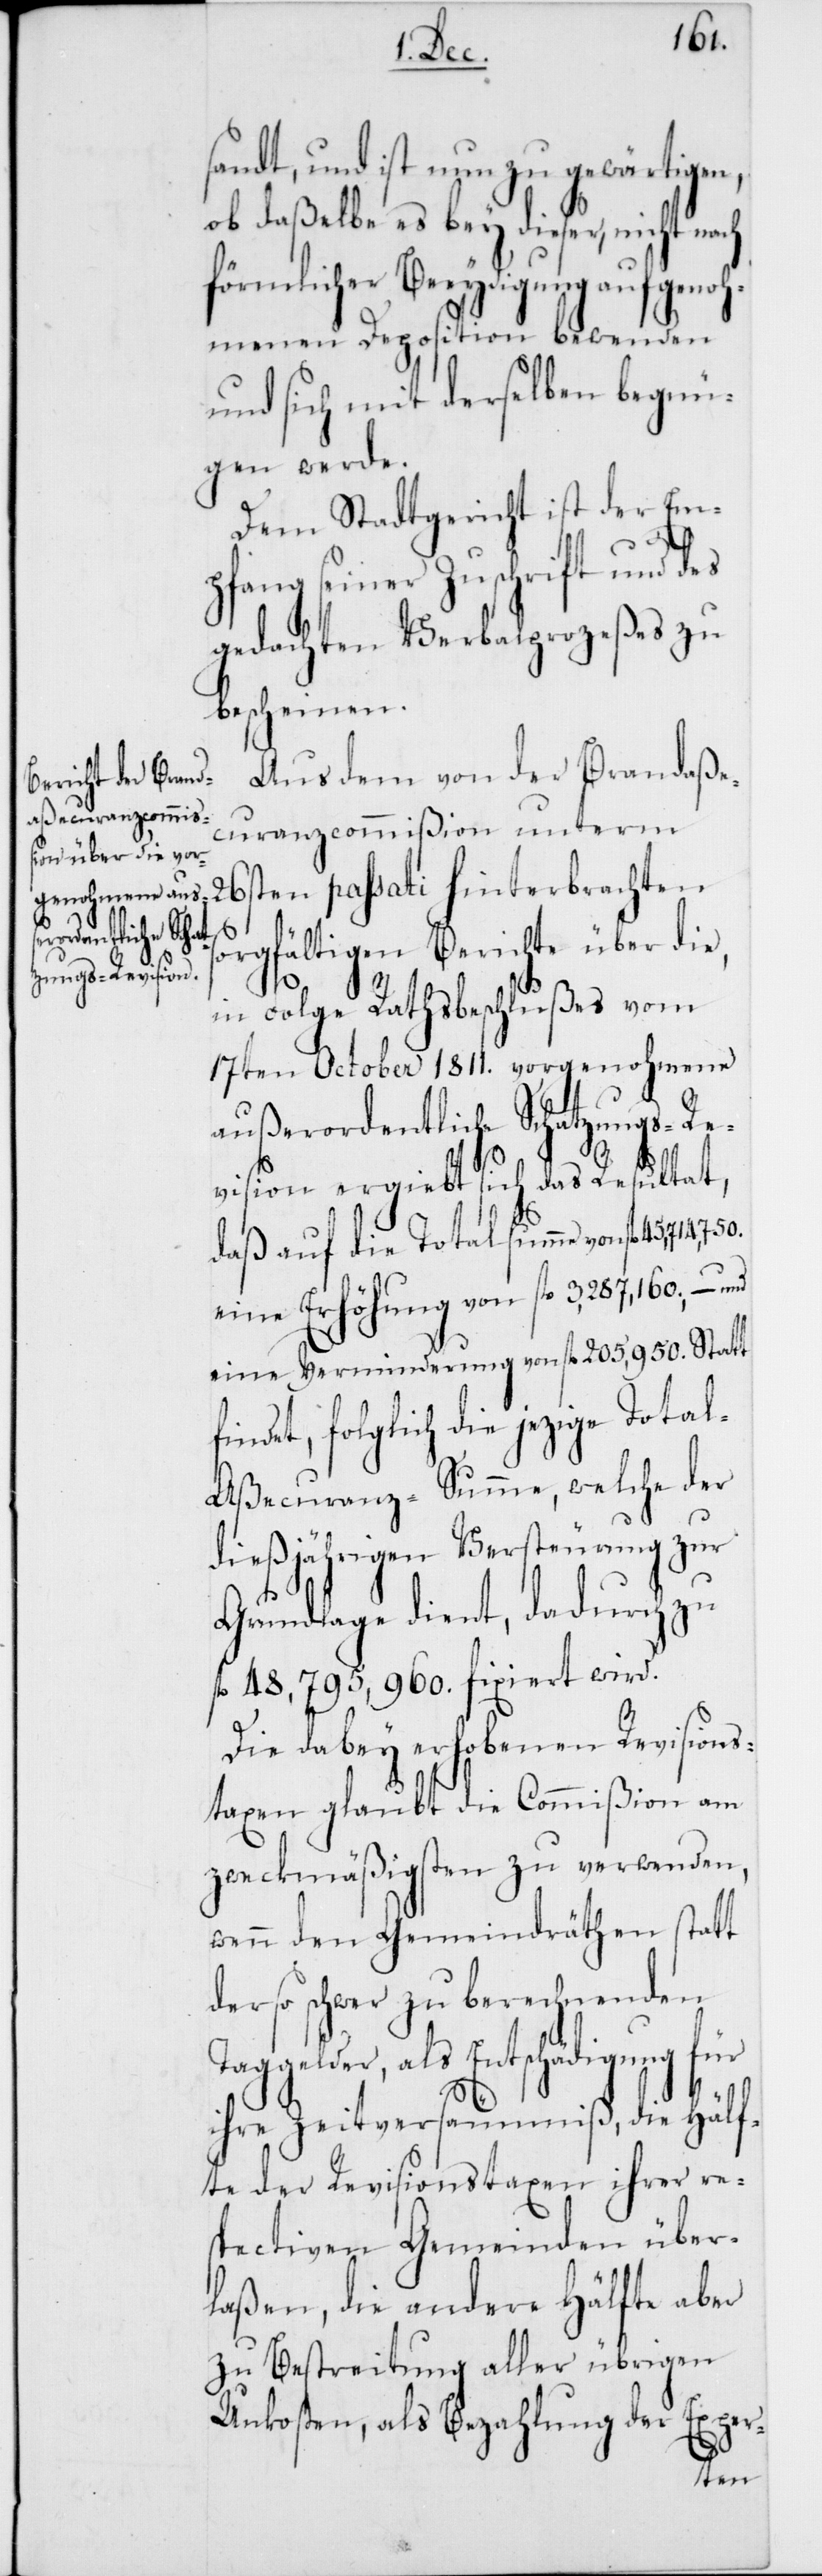
sandt, und ist nun zu gewärtigen,
ob daßelbe es bey dieser, nicht nach
förmlicher Beeydigung aufgenoh¬
menen Deposition bewenden
und sich mit derselben begnü¬
gen werde.
Dem Stadtgericht ist der Em¬
pfang seiner Zuschrift und des
gedachten Verbalprozeßes zu
bescheinen.
Aus dem von der Brandaße¬
curanzcommißion unterm
26sten passati hinterbrachten
orgfältigen Berichte über die,
in Folge Rathsbeschlußes vom
17ten October 1811. vorgenohmene
f¬
außerordentliche Schatzungs-Re¬
vision ergiebt sich das Resultat,
daß auf die Totalsumme von fl.
eine Erhöhung von fl. 3,287,160; – und
eine Verminderung von fl. 205,950. Statt
indet, folglich die jezige Tota¬
l-Aßecuranz-Summe, welche der
dießjährigen Versteurung zur
Grundlage dient, dadurch zu
fl. 48,795,960. fixiert wird.
Die dabey erhobenen Revisions¬
taxen glaubt die Commißion am
zweckmäßigsten zu verwenden,
wenn den Gemeindräthen statt
der so schwer zu berechnenden
Taggelder, als Entschädigung für
ihre Zeitversäumniß, die Hälf¬
te der Revisionstaxen ihrer re¬
spectiven Gemeinden über¬
laßen, die andere Hälfte aber
zu Bestreitung aller übrigen
Unkosten, als Bezahlung der Exper-